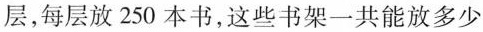
层，每层放250本书，这些书架一共能放多少